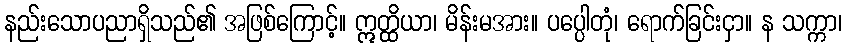
နည်းသောပညာရှိသည်၏ အဖြစ်ကြောင့်။ ဣတ္ထိယာ၊ မိန်းမအား။ ပပ္ပေါတုံ၊ ရောက်ခြင်းငှာ။ န သက္ကာ၊